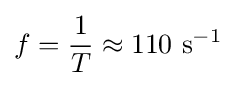
f={\frac {1}{T}}\approx 110{\text{ s}}^{-1}